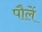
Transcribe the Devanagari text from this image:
पौलें